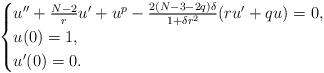
\begin{align*}\begin{cases}u''+\frac{N-2}{r}u'+u^p-\frac{2(N-3-2q)\delta}{1+\delta r^2}(ru'+qu)=0,\\u(0)=1,\\u'(0)=0.\end{cases}\end{align*}